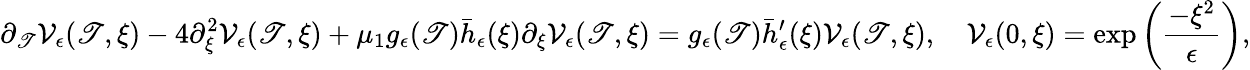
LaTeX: \partial_{\mathscr{T}}\mathcal{{V}}_{\epsilon}(\mathscr{T},\xi)-4\partial_{\xi}^{2}\mathcal{{V}}_{\epsilon}(\mathscr{T},\xi)+\mu_{1}g_{\epsilon}(\mathscr{T})\bar{{h}}_{\epsilon}(\xi)\partial_{\xi}\mathcal{{V}}_{\epsilon}(\mathscr{T},\xi)=g_{\epsilon}(\mathscr{T})\bar{{h}}_{\epsilon}^{\prime}(\xi)\mathcal{{V}}_{\epsilon}(\mathscr{T},\xi),\quad\mathcal{{V}}_{\epsilon}(0,\xi)=\exp\left(\frac{{-\xi^{2}}}{{\epsilon}}\right),